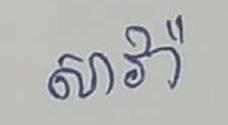
សាវ៉ា